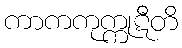
ကာကကုက္ကုဋီတိ